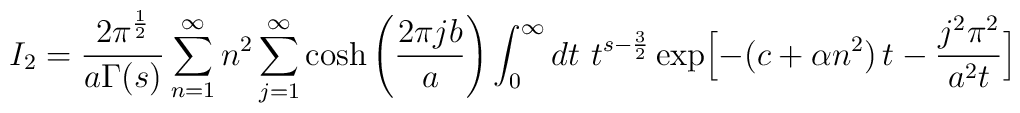
I_2 = {2\pi^{1 \over 2} \over a\Gamma (s)} \sum_{n=1}^{\infty}n^2 \sum_{j=1}^{\infty} \cosh \left({2\pi jb \over a} \right) \int_0^{\infty} dt\ t^{s - {3 \over 2}} \exp \Bigl[ -(c + \alpha n^2)\,t - \frac{j^2\pi^2}{a^2t} \Bigr]